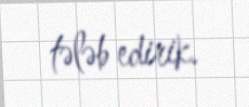
tələb edirik.